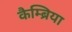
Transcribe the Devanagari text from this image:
कैम्ब्रिया